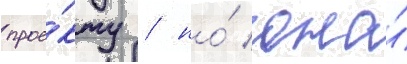
прое́кту / но́ она́